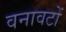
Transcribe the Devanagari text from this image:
वनावटों